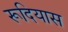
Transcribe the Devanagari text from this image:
रूदियास